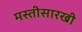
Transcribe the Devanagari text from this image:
मस्तीसारखी